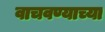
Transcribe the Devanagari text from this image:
वाचवण्याच्या